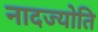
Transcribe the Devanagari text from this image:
नादज्योति